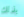
بذلك